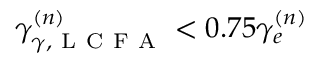
\gamma _ { \gamma , \mathrm { ~ L ~ C ~ F ~ A ~ } } ^ { ( n ) } < 0 . 7 5 \gamma _ { e } ^ { ( n ) }